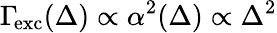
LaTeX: \Gamma\! _{\mathrm{exc}}(\Delta)\propto\alpha^{2}(\Delta)\propto\Delta^{2}